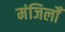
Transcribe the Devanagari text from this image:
मंजिलोँ